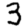
Digit: 3